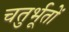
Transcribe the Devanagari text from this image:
चतुर्भूतों